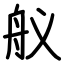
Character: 舣